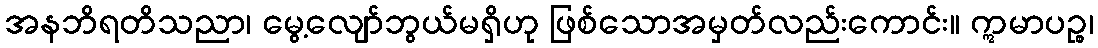
အနဘိရတိသညာ၊ မွေ့လျော်ဘွယ်မရှိဟု ဖြစ်သောအမှတ်လည်းကောင်း။ ဣမာပဉ္စ၊